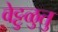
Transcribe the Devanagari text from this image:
वेट्टुळुतु